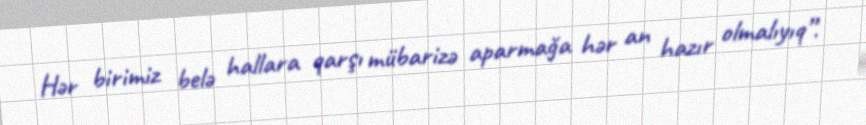
Hər birimiz belə hallara qarşı mübarizə aparmağa hər an hazır olmalıyıq”.